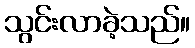
သွင်းလာခဲ့သည်။